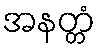
အနတ္တံ